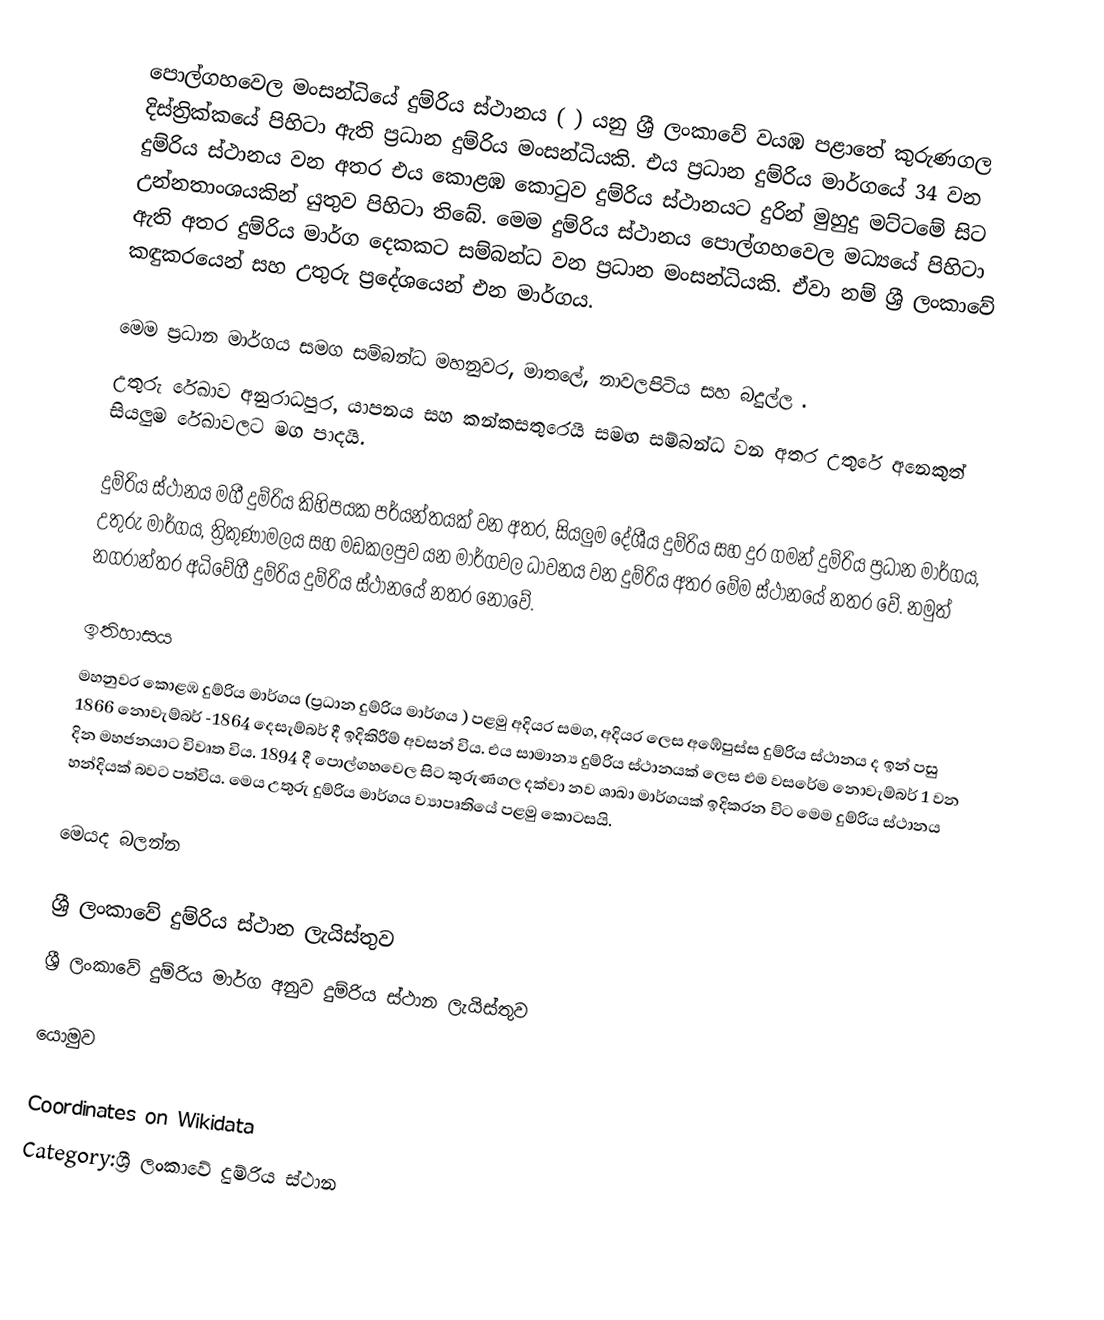
පොල්ගහවෙල මංසන්ධියේ දුම්රිය ස්ථානය ( ) යනු ශ්‍රී ලංකාවේ වයඹ පළාතේ කුරුණගල දිස්ත්‍රික්කයේ පිහිටා ඇති ප්‍රධාන දුම්රිය මංසන්ධියකි. එය ප්‍රධාන දුම්රිය මාර්ගයේ  34 වන දුම්රිය ස්ථානය වන අතර එය  කොළඹ කොටුව දුම්රිය ස්ථානයට දුරින්    මුහුදු මට්ටමේ සිට උන්නතාංශයකින් යුතුව පිහිටා තිබේ. මෙම දුම්රිය ස්ථානය පොල්ගහවෙල මධ්‍යයේ පිහිටා ඇති අතර දුම්රිය මාර්ග දෙකකට සම්බන්ධ වන ප්‍රධාන මංසන්ධියකි. ඒවා නම් ශ්‍රී ලංකාවේ කඳුකරයෙන්  සහ උතුරු ප්‍රදේශයෙන් එන මාර්ගය.

 මෙම ප්‍රධාන මාර්ගය සමග සම්බන්ධ මහනුවර, මාතලේ, නාවලපිටිය සහ බදුල්ල .
 උතුරු රේඛාව අනුරාධපුර, යාපනය සහ කන්කසතුරෙයි සමඟ සම්බන්ධ වන අතර උතුරේ අනෙකුත් සියලුම රේඛාවලට මග පාදයි.

දුම්රිය ස්ථානය මගී දුම්රිය කිහිපයක පර්යන්තයක් වන අතර, සියලුම දේශීය දුම්රිය සහ දුර ගමන් දුම්රිය ප්‍රධාන මාර්ගය, උතුරු මාර්ගය, ත්‍රිකුණාමලය සහ මඩකලපුව යන මාර්ගවල ධාවනය වන දුම්රිය අතර මේම ස්ථානයේ නතර වේ. නමුත් නගරාන්තර අධිවේගී දුම්රිය දුම්රිය ස්ථානයේ නතර නොවේ.

ඉතිහාසය
මහනුවර කොළඹ දුම්රිය මාර්ගය (ප්‍රධාන දුම්රිය මාර්ගය ) පළමු අදියර සමග, අදියර ලෙස අඹේපුස්ස දුම්රිය ස්ථානය ද ඉන් පසු 1866  නොවැම්බර් -1864 දෙසැම්බර්  දී ඉදිකිරීම් අවසන් විය.  එය සාමාන්‍ය දුම්රිය ස්ථානයක් ලෙස එම වසරේම නොවැම්බර් 1 වන දින මහජනයාට විවෘත විය.  1894 දී පොල්ගහවෙල සිට කුරුණගල දක්වා නව ශාඛා මාර්ගයක් ඉදිකරන විට මෙම දුම්රිය ස්ථානය හන්දියක් බවට පත්විය. මෙය  උතුරු දුම්රිය මාර්ගය ව්‍යාපෘතියේ පළමු කොටසයි.

මෙයද බලන්න

 ශ්‍රී ලංකාවේ දුම්රිය ස්ථාන ලැයිස්තුව
 ශ්‍රී ලංකාවේ දුම්රිය මාර්ග අනුව දුම්රිය ස්ථාන ලැයිස්තුව

යොමුව

Coordinates on Wikidata
Category:ශ්‍රී ලංකාවේ දුම්රිය ස්ථාන